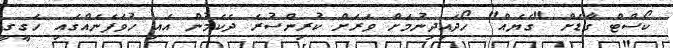
ކޯސްޓް ގާޑަށް "ގެޔެއް" ހޯދައިދިނުމަށް ވަރަށް ކުރިންސުރެ ދެކެމުން އައި ހުވަފެނެއްގައި ހަގީގީ